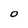
Character: O